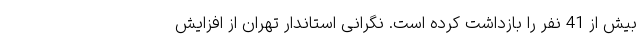
بیش از 41 نفر را بازداشت کرده است. نگرانی استاندار تهران از افزایش